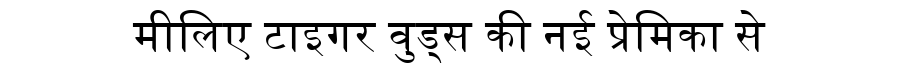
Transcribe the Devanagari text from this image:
मीलिए टाइगर वुड्स की नई प्रेमिका से